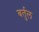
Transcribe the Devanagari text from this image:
बर्तुल